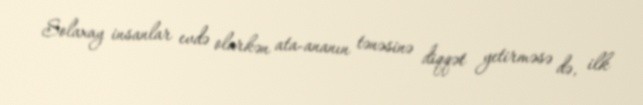
Solaxay insanlar evdə olarkən ata-ananın tənəsinə diqqət yetirməsə də, ilk